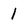
Character: 1